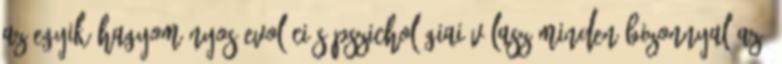
Az egyik hagyományos evolúciós pszichológiai válasz minden bizonnyal az,